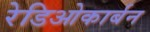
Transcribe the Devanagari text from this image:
रेडिओकार्बन